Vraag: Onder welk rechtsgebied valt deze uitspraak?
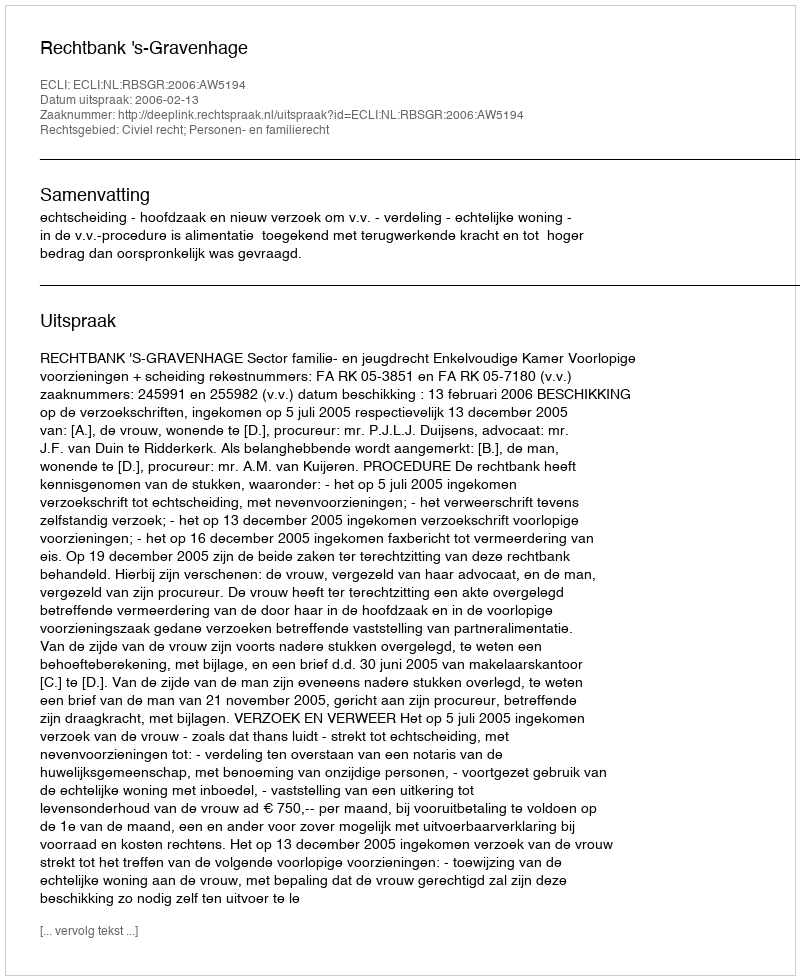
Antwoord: Civiel recht; Personen- en familierecht